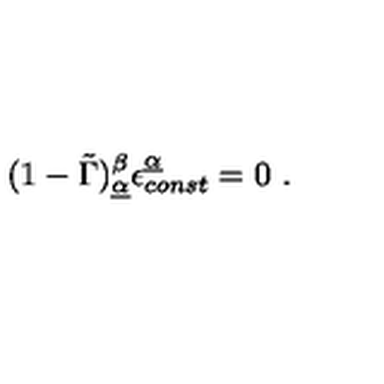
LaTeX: ( 1 - \tilde { \Gamma } ) _ { \underline { { \alpha } } } ^ { \beta } \epsilon _ { c o n s t } ^ { \underline { { \alpha } } } = 0 \ .